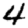
Digit: 4